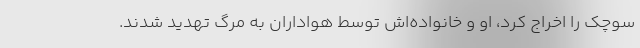
سوچک را اخراج کرد، او و خانواده‌اش توسط هواداران به مرگ تهدید شدند.